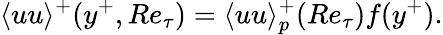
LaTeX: \langle uu\rangle^{+}(y^{+},Re_{\tau})=\langle uu\rangle_{p}^{+}(Re_{\tau})f(y^{+}).